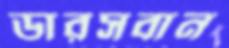
ডারসবান